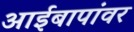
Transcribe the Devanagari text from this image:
आईबापांवर